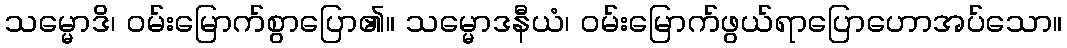
သမ္မောဒိ၊ ဝမ်းမြောက်စွာပြော၏။ သမ္မောဒနီယံ၊ ဝမ်းမြောက်ဖွယ်ရာပြောဟောအပ်သော။